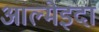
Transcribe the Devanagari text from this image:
आल्मेइदा